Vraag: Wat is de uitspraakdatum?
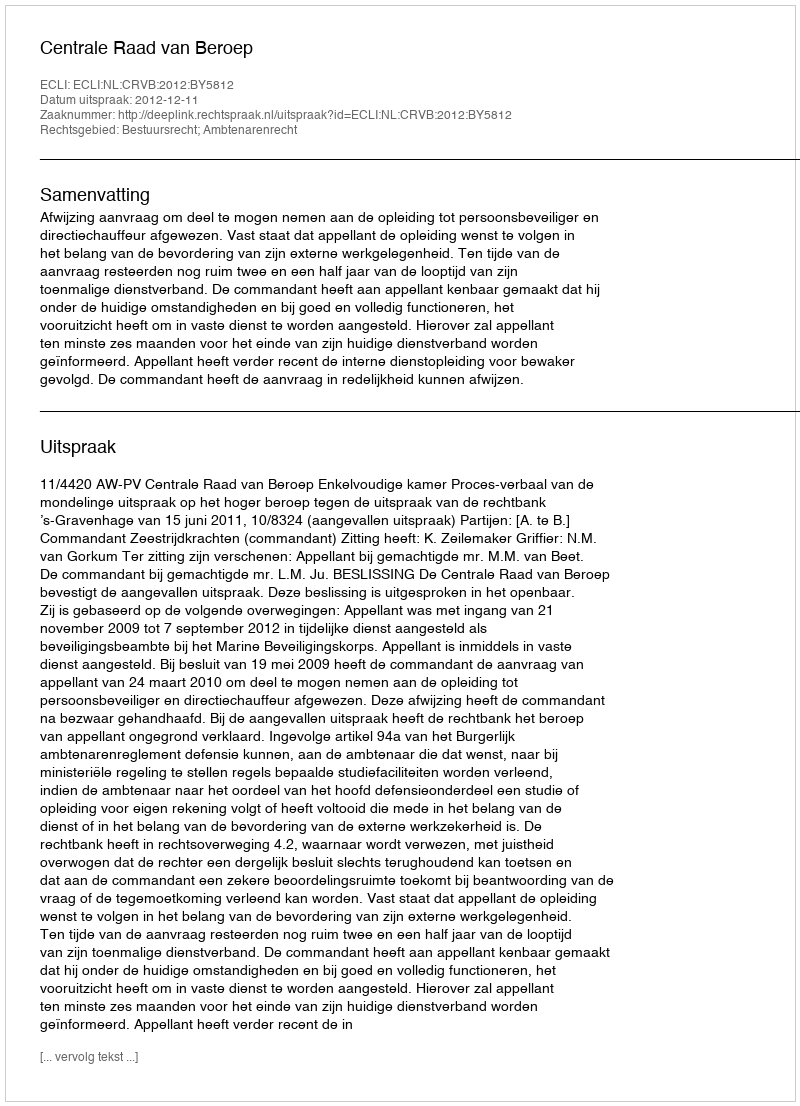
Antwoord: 2012-12-11